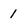
Character: 1